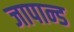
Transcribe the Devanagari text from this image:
जापान्ड